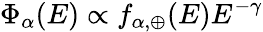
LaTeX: \Phi_{\alpha}(E)\propto f_{\alpha,\oplus}(E)E^{-\gamma}